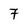
Character: 7